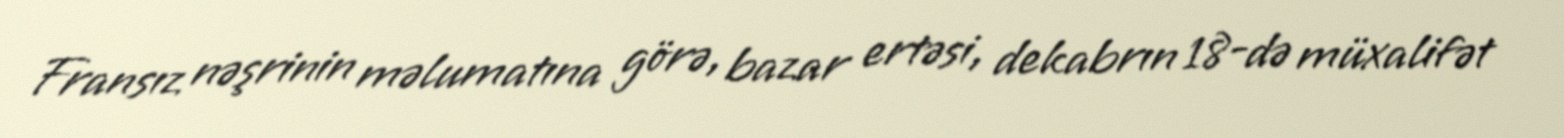
Fransız nəşrinin məlumatına görə, bazar ertəsi, dekabrın 18-də müxalifət